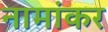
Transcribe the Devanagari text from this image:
नामांकर